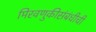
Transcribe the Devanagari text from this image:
मिरवणुकीसंबंधीची